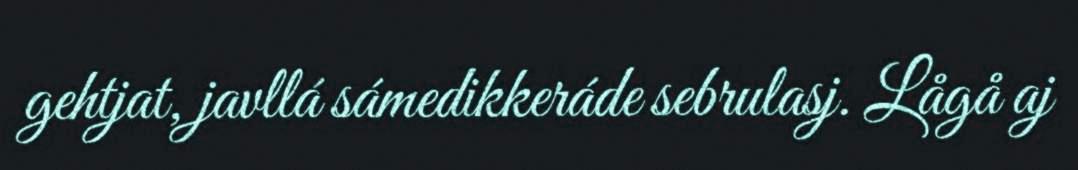
gehtjat, javllá sámedikkeráde sebrulasj. Lågå aj